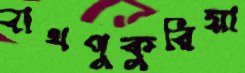
বাথপুকুরিয়া